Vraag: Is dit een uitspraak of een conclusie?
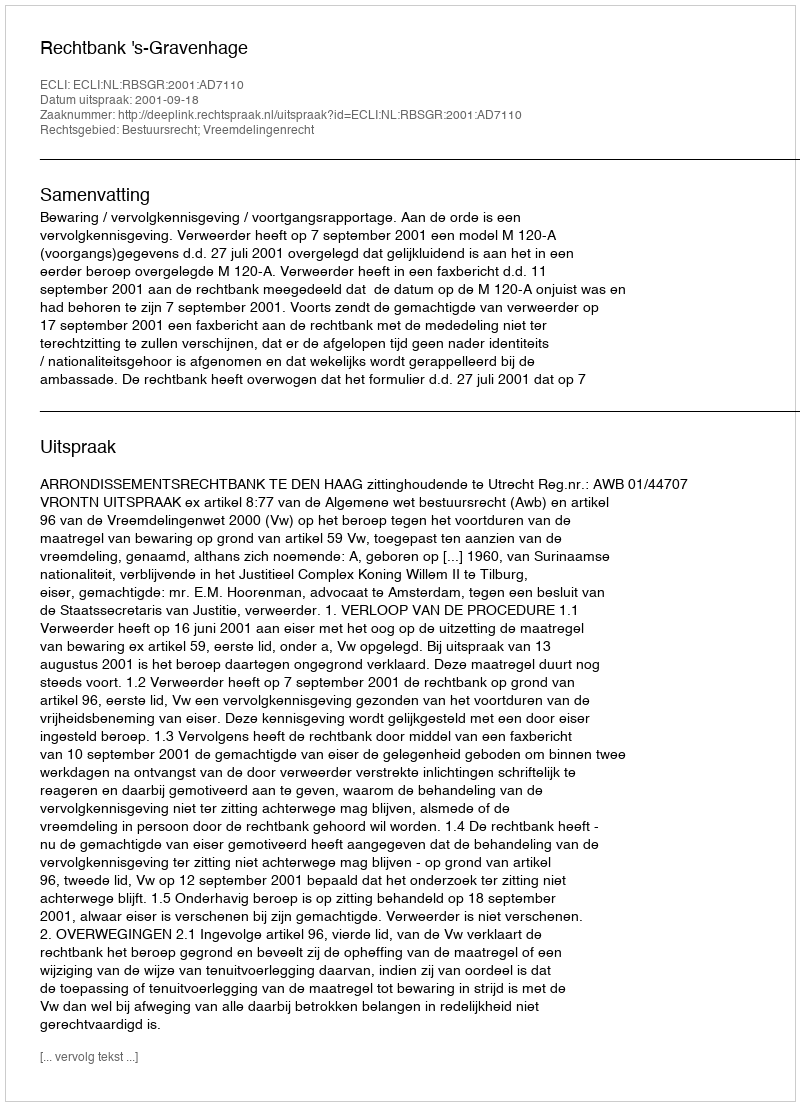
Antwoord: Uitspraak